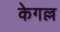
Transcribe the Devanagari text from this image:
केगल्ल